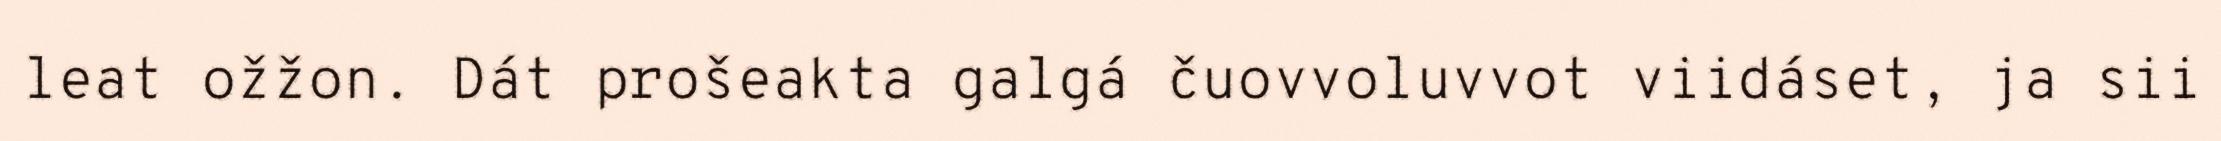
leat ožžon. Dát prošeakta galgá čuovvoluvvot viidáset, ja sii